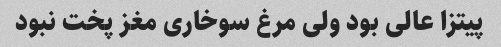
پیتزا عالی بود ولی مرغ سوخاری مغز پخت نبود